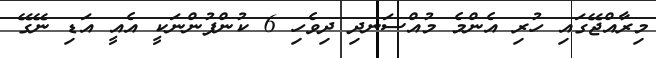
މިރާއްޖޭގައި ހުރި އެންމެ މުއްސަނދި ދިވެހި 6 ކުންފުންނަކީ އެއީ އަޑި ނޭގޭ